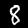
Label: 8